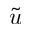
\tilde { u }